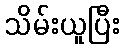
သိမ်းယူပြီး